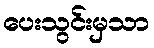
ပေးသွင်းမှသာ